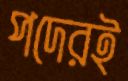
পদেরই